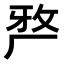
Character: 𭆆